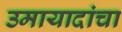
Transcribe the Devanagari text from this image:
उमायादांचा